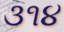
૩૧૪